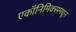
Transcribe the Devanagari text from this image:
एकॉनिमिक्समधून